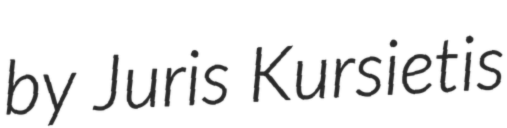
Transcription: by Juris Kursietis